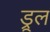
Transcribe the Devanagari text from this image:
ड्रूल